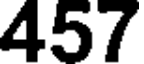
457